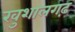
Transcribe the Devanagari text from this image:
खुशालगढ़